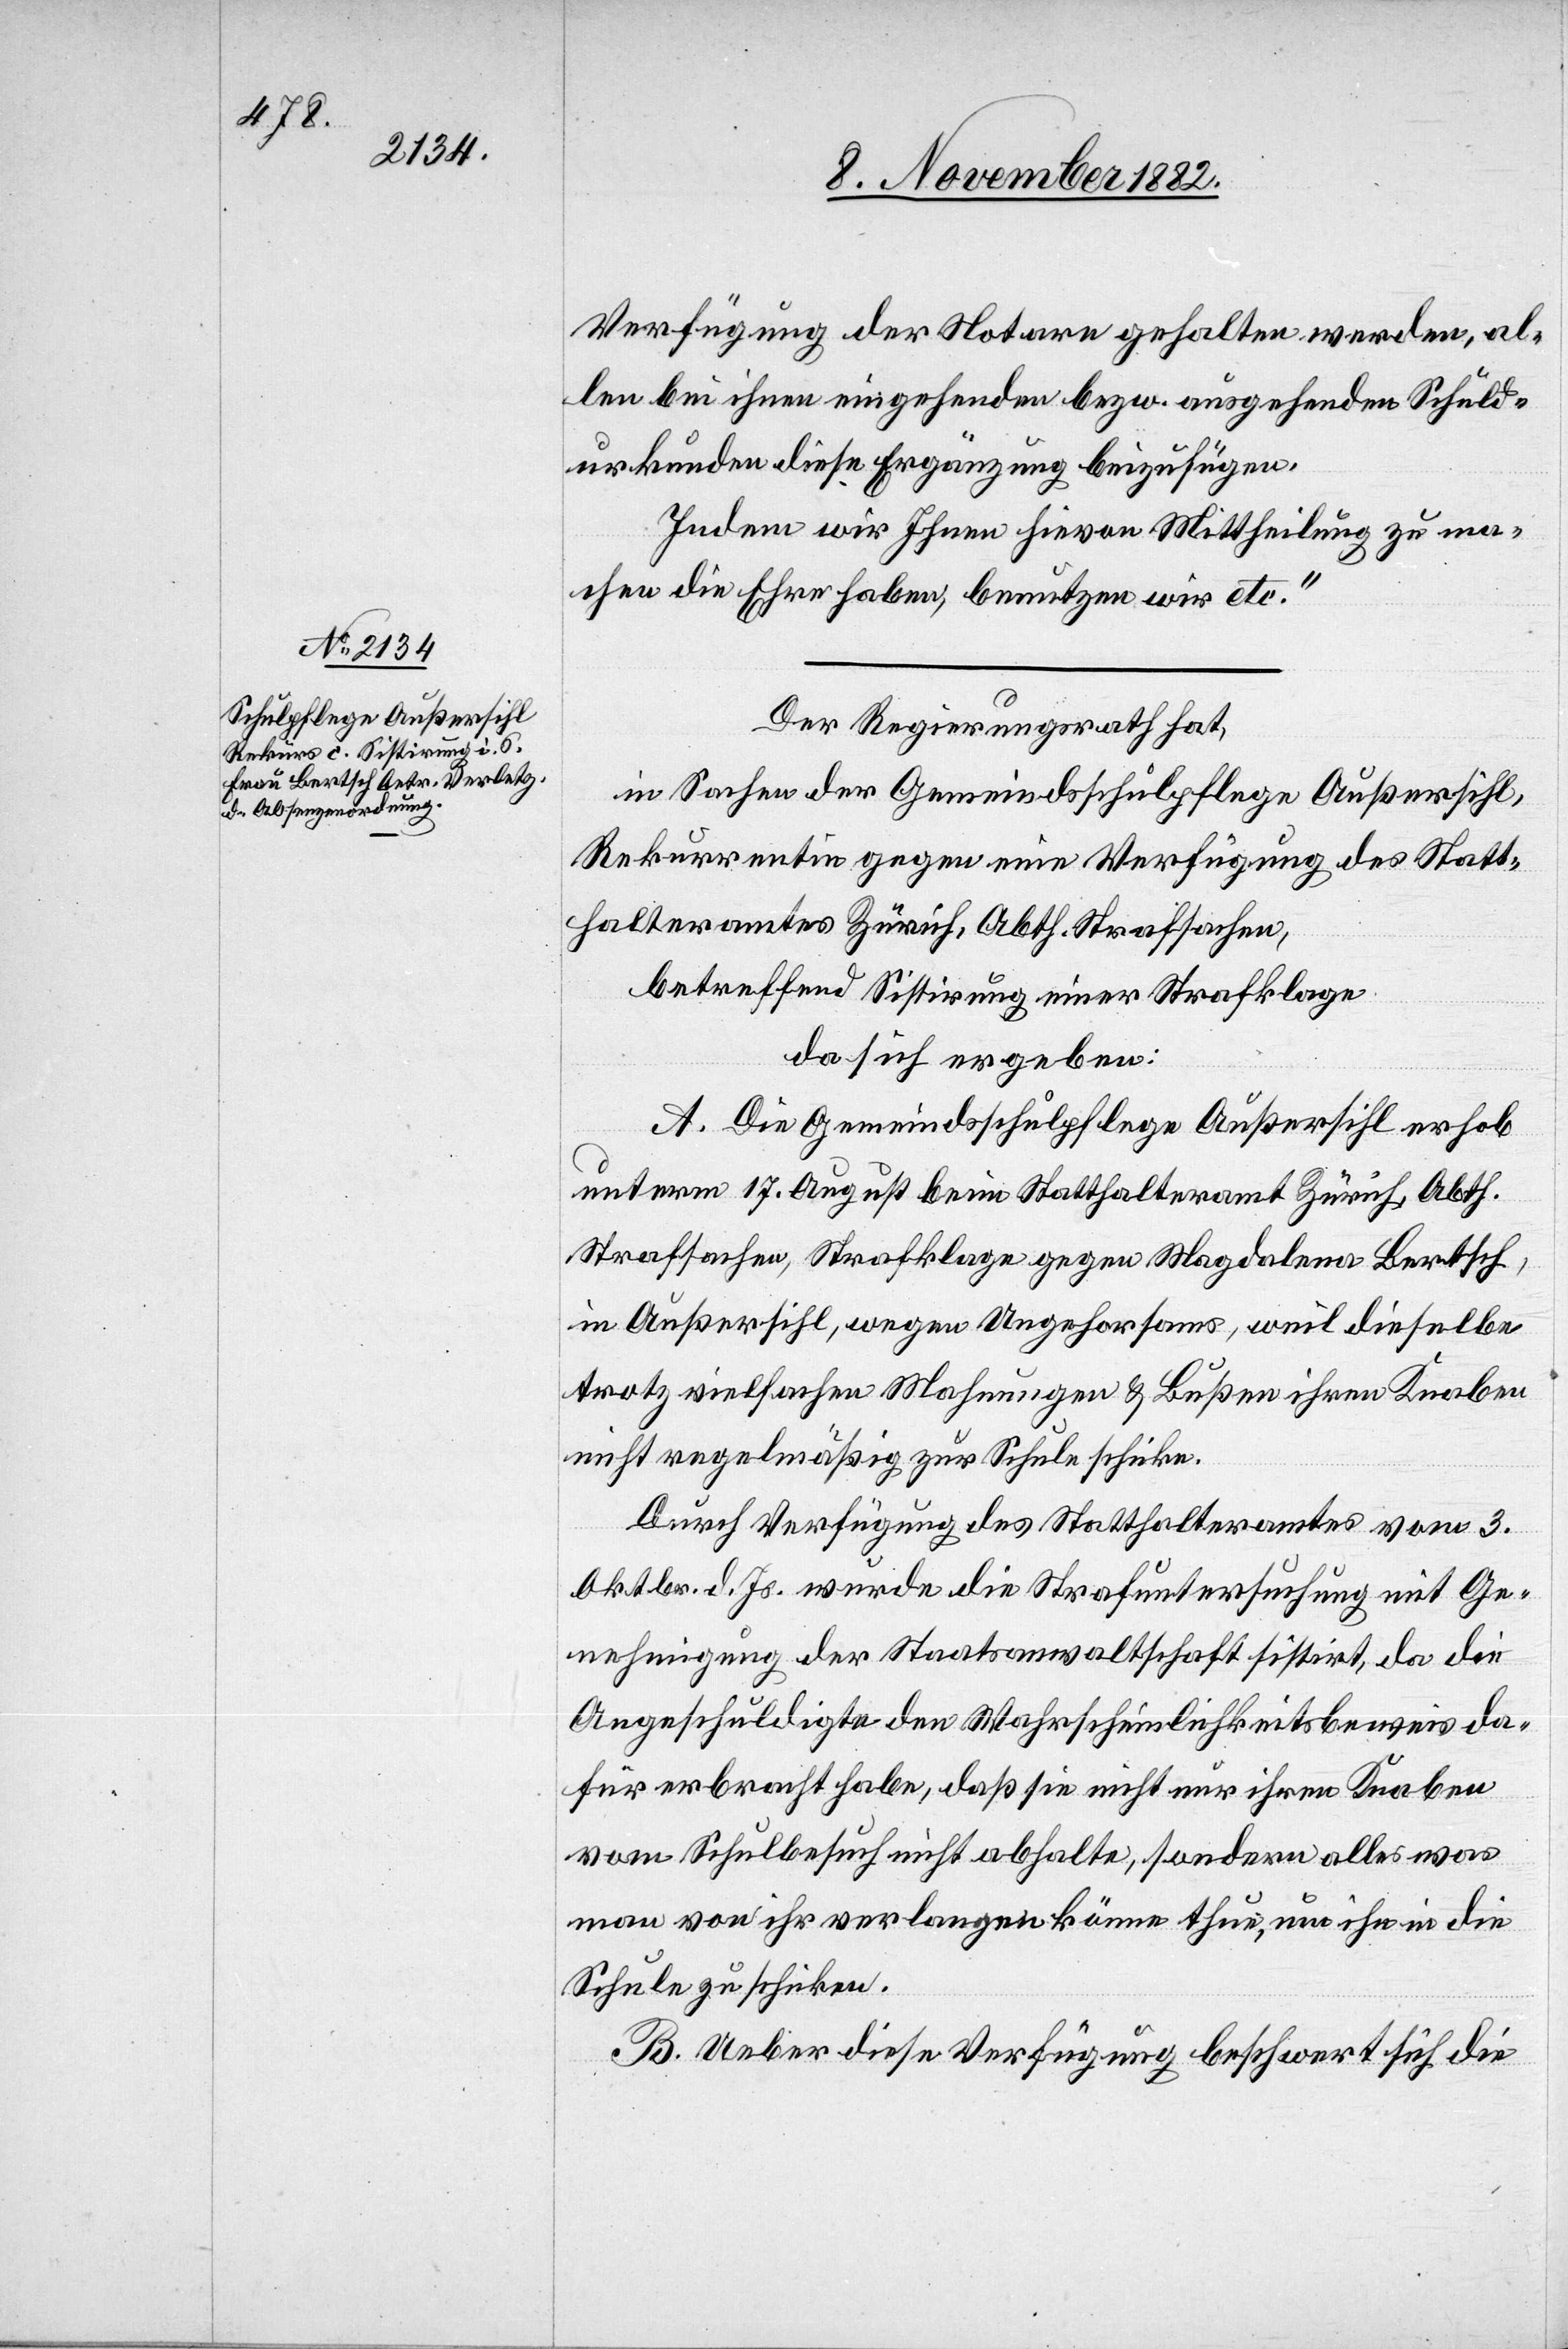
Verfügung der Notare gehalten werden, al¬
len bei ihnen eingehenden bezw. ausgehenden Schuld¬
urkunden diese Ergänzung beizufügen.
Indem wir Ihnen hievon Mittheilung zu ma¬
chen die Ehre haben, benutzen wir etc.“
Der Regierungsrath hat,
in Sachen der Gemeindsschulpflege Außersihl,
Rekurrentin gegen eine Verfügung des Statt¬
halteramtes Zürich, Abth. Strafsachen,
betreffend Sistirung einer Strafklage
da sich ergeben:
A. Die Gemeindsschulpflege Außersihl erhob
unterm 17. August beim Statthalteramt Zürich, Abth.
Strafsachen, Strafklage gegen Magdalena Bertsch,
in Außersihl, wegen Ungehorsams, weil dieselbe
trotz vielfachen Mahnungen & Bußen ihren Knaben
nicht regelmäßig zur Schule schicke.
Durch Verfügung des Statthalteramtes vom 3.
Oktbr. d. Js. wurde die Strafuntersuchung mit Ge¬
nehmigung der Staatsanwaltschaft sistirt, da die
Angeschuldigte den Wahrscheinlichkeitsbeweis da¬
für erbracht habe, daß sie nicht nur ihren Knaben
vom Schulbesuch nicht abhalte, sondern alles was
man von ihr verlangen könne thue, um ihn in die
Schule zu schicken.
B. Ueber diese Verfügung beschwert sich die